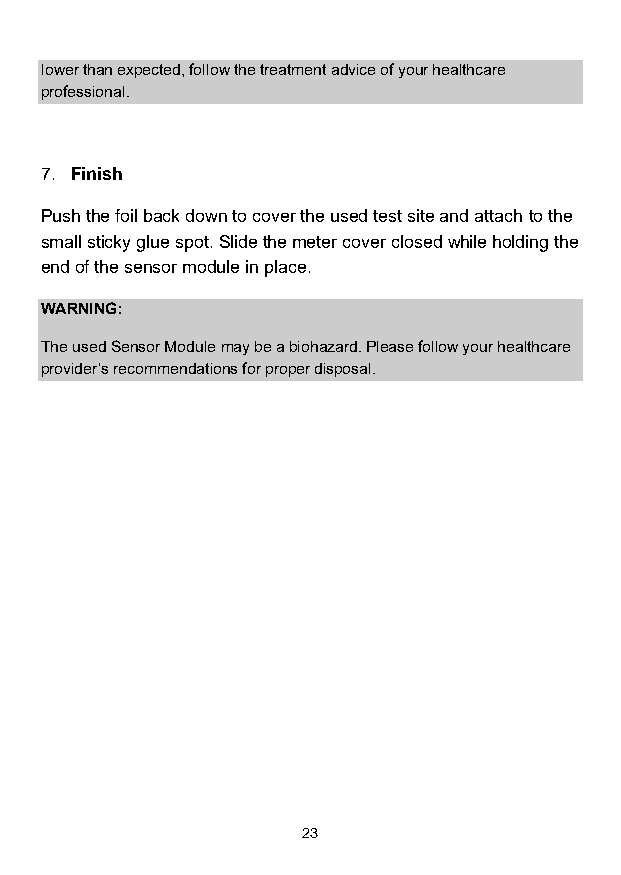
lower than expected, follow the treatment advice of your healthcare
 professional.
 7. Finish
 Push the foil back down to cover the used test site and attach to the
 small sticky glue spot. Slide the meter cover closed while holding the
 end of the sensor module in place.
 WARNING:
 The used Sensor Module may be a biohazard. Please follow your healthcare
 provider’s recommendations for proper disposal.
 23